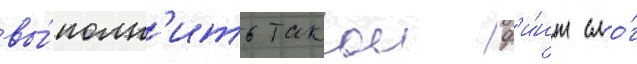
вы́полн'ить такои ф'и́нт смо́г